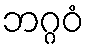
ဘဂ္ဂဝံ